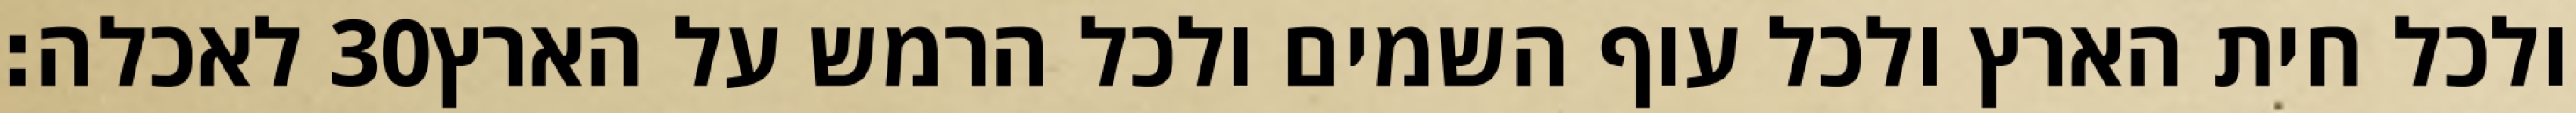
לאכלה׃ ‎30‏ ולכל חית הארץ ולכל עוף השמים ולכל הרמש על הארץ